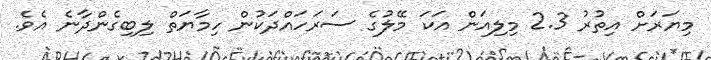
މިޔަރަށް އިތުރު 2.3 މިލިއަން އަކަ މޭލުގެ ސަރަހައްދަކުން ހިމާޔަތް ލިބިގެންދާނެ އެވެ.